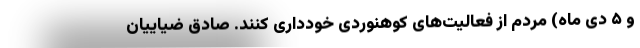
و ۵ دی ماه) مردم از فعالیت‌های کوهنوردی خودداری کنند. صادق ضیاییان